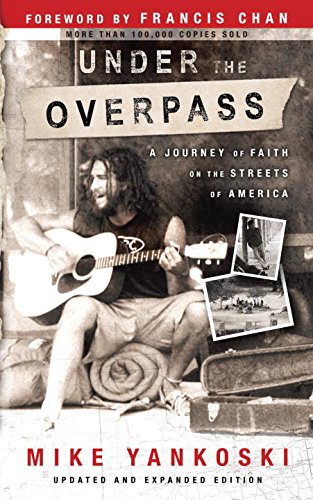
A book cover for Under the Overpass: A Journey of Faith on the Streets of America; Mike Yankoski; Christian Books & Bibles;